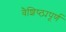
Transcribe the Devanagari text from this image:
वैशिष्ठ्यपूर्ण